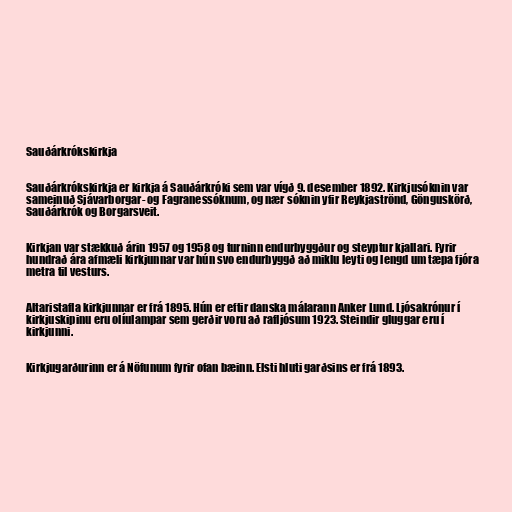
Sauðárkrókskirkja

Sauðárkrókskirkja er kirkja á Sauðárkróki sem var vígð 9. desember 1892. Kirkjusóknin var
sameinuð Sjávarborgar- og Fagranessóknum, og nær sóknin yfir Reykjaströnd, Gönguskörð,
Sauðárkrók og Borgarsveit.

Kirkjan var stækkuð árin 1957 og 1958 og turninn endurbyggður og steyptur kjallari. Fyrir
hundrað ára afmæli kirkjunnar var hún svo endurbyggð að miklu leyti og lengd um tæpa fjóra
metra til vesturs.

Altaristafla kirkjunnar er frá 1895. Hún er eftir danska málarann Anker Lund. Ljósakrónur í
kirkjuskipinu eru olíulampar sem gerðir voru að rafljósum 1923. Steindir gluggar eru í
kirkjunni.

Kirkjugarðurinn er á Nöfunum fyrir ofan bæinn. Elsti hluti garðsins er frá 1893.